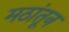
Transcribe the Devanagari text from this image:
मठांतून